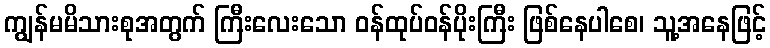
ကျွန်မမိသားစုအတွက် ကြီးလေးသော ဝန်ထုပ်ဝန်ပိုးကြီး ဖြစ်နေပါစေ၊ သူ့အနေဖြင့်